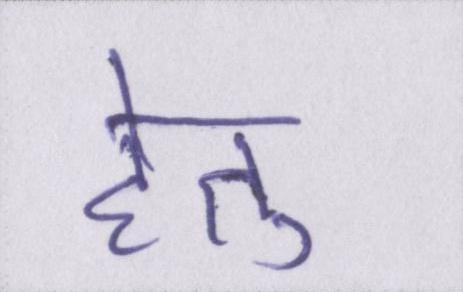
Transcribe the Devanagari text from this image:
हेतु